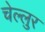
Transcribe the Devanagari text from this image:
चेल्लुर